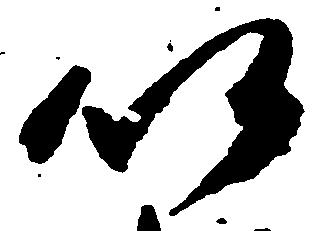
仍